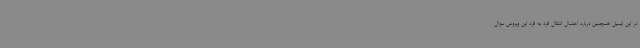
در این ایمیل همچنین درباره احتمال انتقال فرد به فرد این ویروس سوال